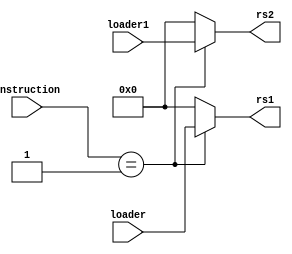
module K_DecodeLogic (
  input  [31:0] instruction,
  input [31:0] loader,
  input [31:0] loader1,
  output reg [31:0] rs1,
  output reg [31:0] rs2

);
 

  always @(instruction) begin
	   case (instruction)
      32'h1: rs1 <= loader;  
        default: rs1 <= 32'h0;
           endcase
   end

  always @(instruction) begin
	  case (instruction)
       32'h1: rs2 <= loader1;  
	default: rs2 <= 32'h0;  
	  endcase
   end

endmodule